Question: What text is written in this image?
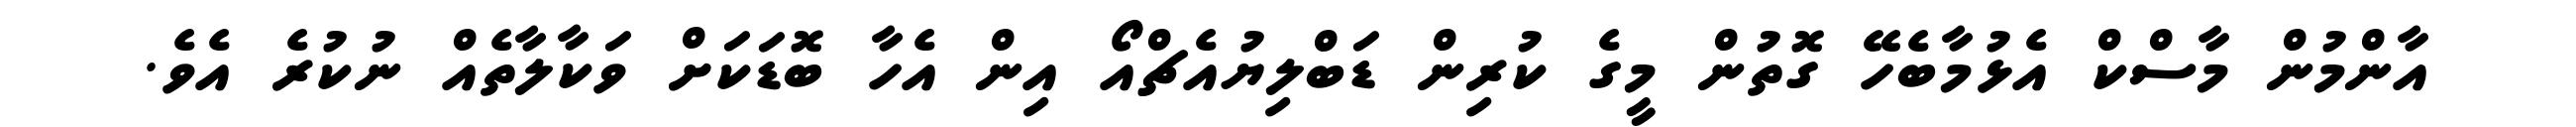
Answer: އާންމުން މާސްކް އެޅުމާބެހޭ ގޮތުން މީގެ ކުރިން ޑަބްލިޔުއެޗްއޯ އިން އެހާ ބޮޑަކަށް ވަކާލާތެއް ނުކުރެ އެވެ.